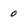
Character: 0